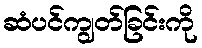
ဆံပင်ကျွတ်ခြင်းကို